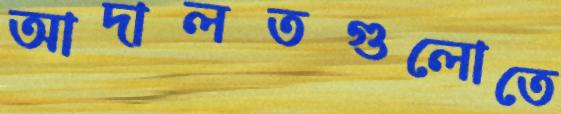
আদালতগুলোতে